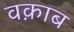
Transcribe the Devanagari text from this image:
वक़ाब